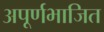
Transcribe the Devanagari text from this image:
अपूर्णभाजित